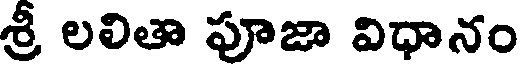
శ్రీ లలితా పూజా విధానం